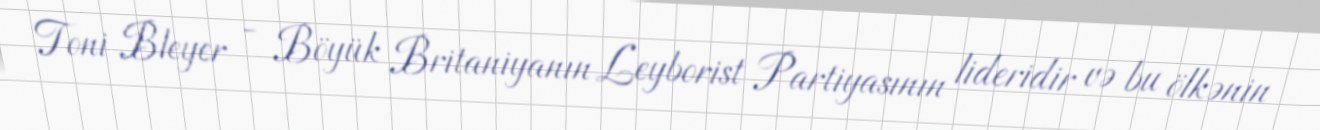
Toni Bleyer - Böyük Britaniyanın Leyborist Partiyasının lideridir və bu ölkənin